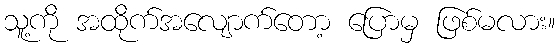
သူ့ကို အထိုက်အလျောက်တော့ ပြောမှ ဖြစ်မလား။